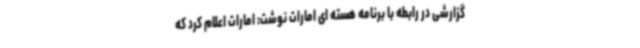
گزارشی در رابطه با برنامه هسته ای امارات نوشت: امارات اعلام کرد که